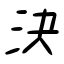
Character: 決